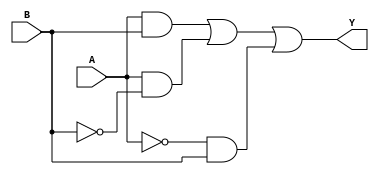
module two_variable_kmap (
    input wire A,      // First variable
    input wire B,      // Second variable
    output wire Y      // Output based on K-map
);

// K-map filling example based on a given truth table
// For example: Y = A + B
assign Y = (A & B) | (A & ~B) | (~A & B); // Adjust this based on your K-map filling

endmodule